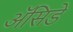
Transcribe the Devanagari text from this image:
ॲसिडे